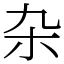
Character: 杂